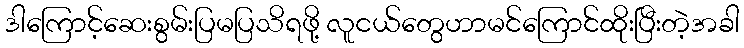
ဒါကြောင့်ဆေးစွမ်းပြမပြသိရဖို့ လူငယ်တွေဟာမင်ကြောင်ထိုးပြီးတဲ့အခါ